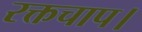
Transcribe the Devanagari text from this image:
रक्तचाप।